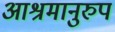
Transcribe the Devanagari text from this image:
आश्रमानुरुप